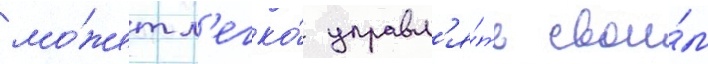
мо́жет л'егко́ управл'я́ть свои́м